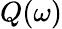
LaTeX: Q(\omega)